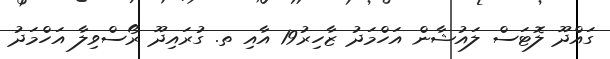
ގައްދޫ ލޮޓަސް ލައުޝާން އަހްމަދު ޒާހިރު19 އާއި ތ. ގުރައިދޫ ރޯސްވިލާ އަހްމަދު